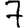
Digit: 7